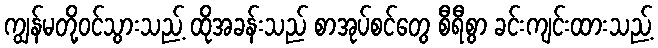
ကျွန်မတို့ဝင်သွားသည့် ထိုအခန်းသည် စာအုပ်စင်တွေ စီရီစွာ ခင်းကျင်းထားသည့်